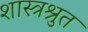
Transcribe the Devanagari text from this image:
शास्त्रश्रुत